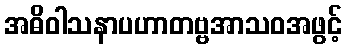
အဓိဝါသနာပဟာတဗ္ဗအာသဝအဖွင့်